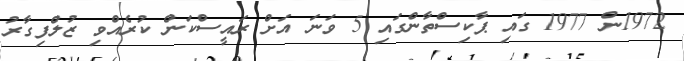
1972ން 1977 ގައި ޕާކިސްތާންގައި 5 ވަނަ އަށް ރައީސްކަން ކުރެއްވި ޒުލްފިގާރު